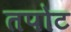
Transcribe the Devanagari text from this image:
तपोट